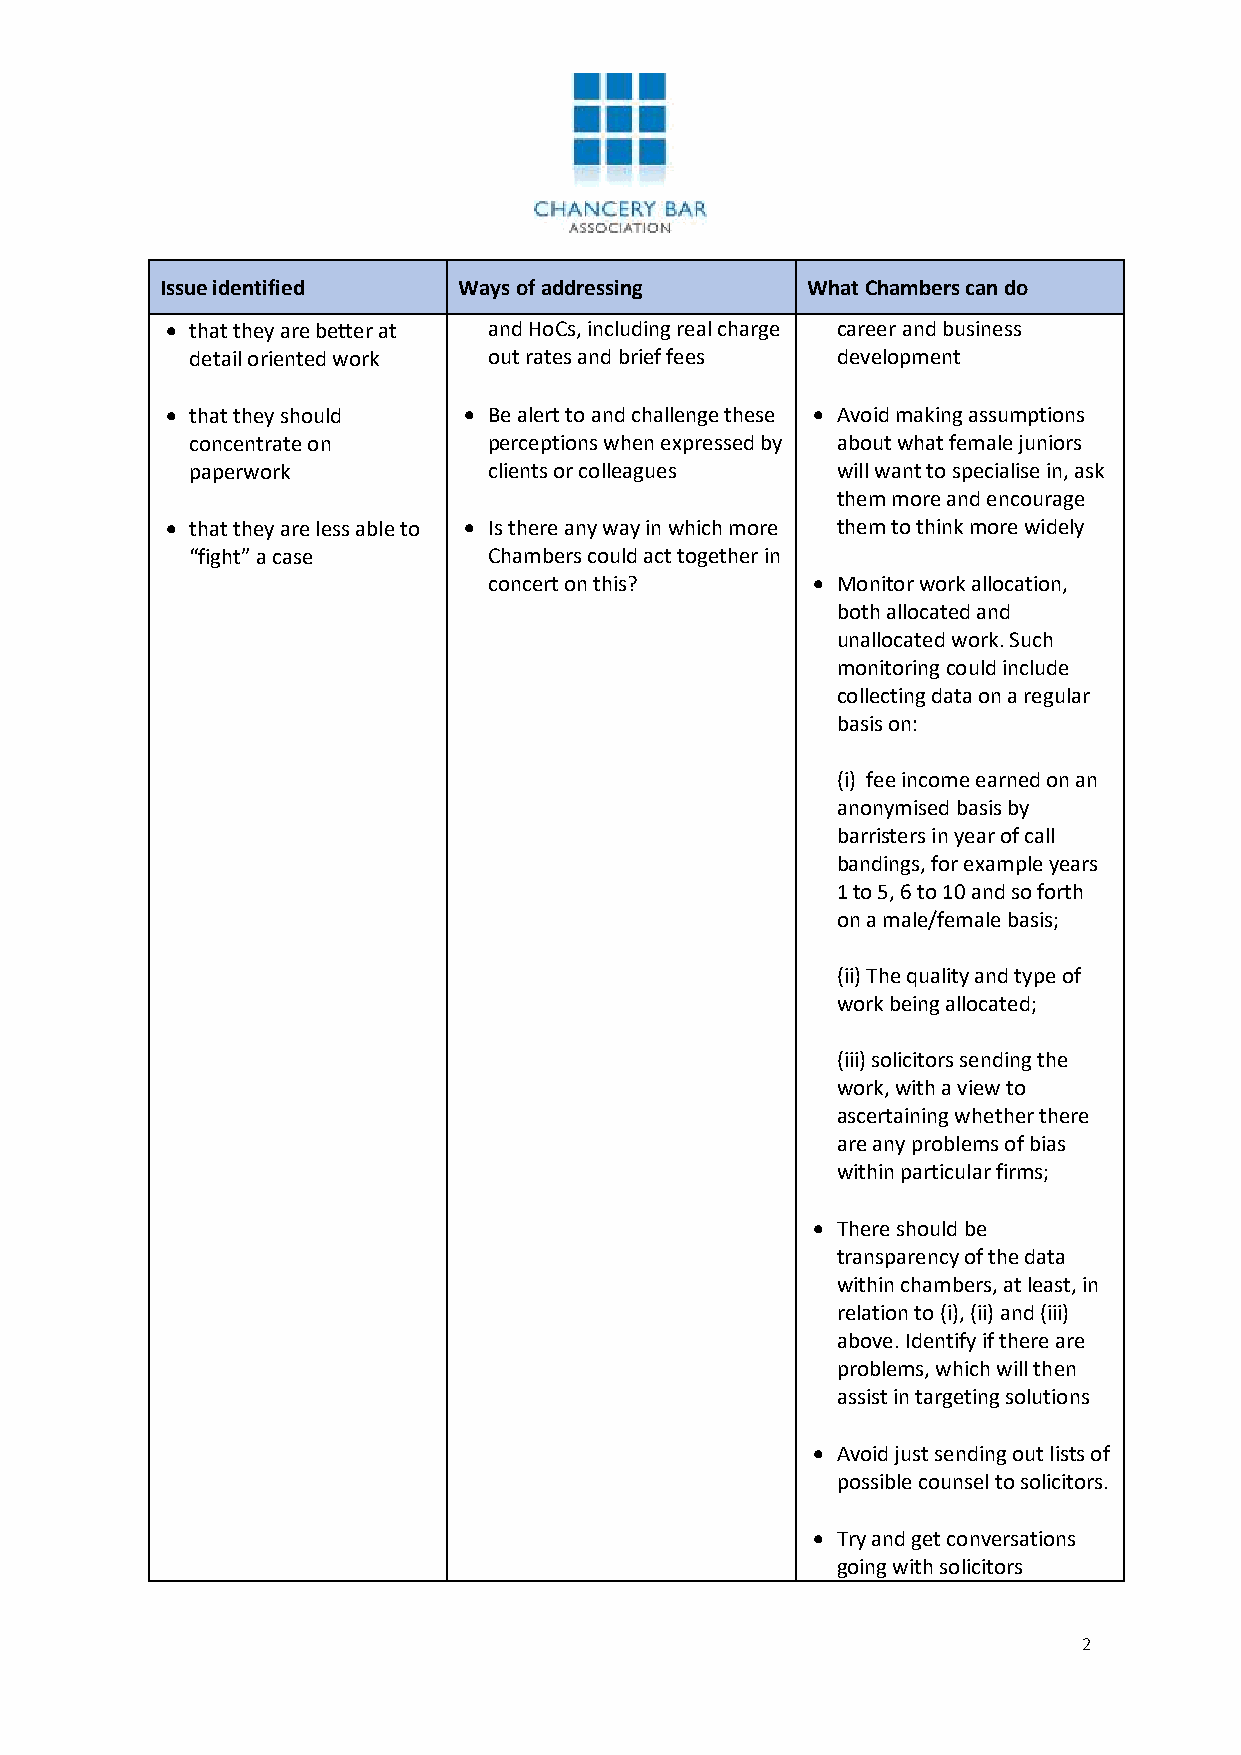
Issue identified   Ways of addressing     What Chambers can do
 • that they are better at and HoCs, including real charge career and business
 detail oriented work out rates and brief fees development
 • that they should  • Be alert to and challenge these • Avoid making assumptions
 concentrate on     perceptions when expressed by about what female juniors
 paperwork          clients or colleagues  will want to specialise in, ask
 them more and encourage
 • that they are less able to • Is there any way in which more them to think more widely
 “fight” a case     Chambers could act together in
 concert on this?      • Monitor work allocation,
 both allocated and
 unallocated work. Such
 monitoring could include
 collecting data on a regular
 basis on:
 (i) fee income earned on an
 anonymised basis by
 barristers in year of call
 bandings, for example years
 1 to 5, 6 to 10 and so forth
 on a male/female basis;
 (ii) The quality and type of
 work being allocated;
 (iii) solicitors sending the
 work, with a view to
 ascertaining whether there
 are any problems of bias
 within particular firms;
 • There should be
 transparency of the data
 within chambers, at least, in
 relation to (i), (ii) and (iii)
 above. Identify if there are
 problems, which will then
 assist in targeting solutions
 • Avoid just sending out lists of
 possible counsel to solicitors.
 • Try and get conversations
 going with solicitors
 2